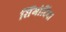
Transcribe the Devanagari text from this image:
सिंगोदिया